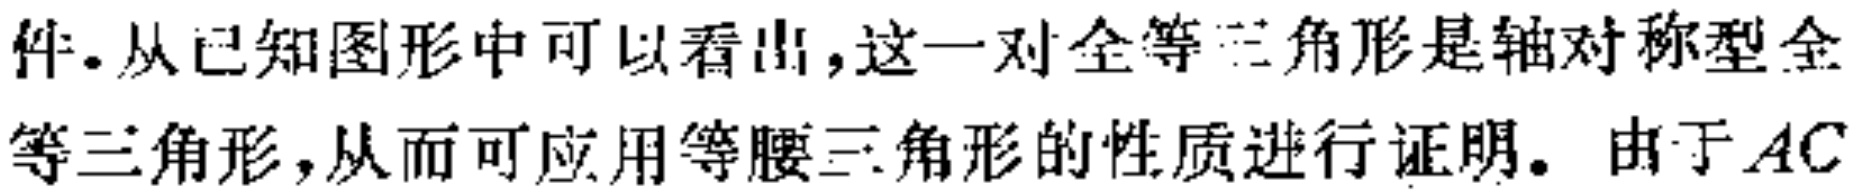
件.从已知图形中可以看出,这一对全等三角形是轴对称型全\\
等三角形,从而可应用等腰三角形的性质进行证明. 由于$AC$